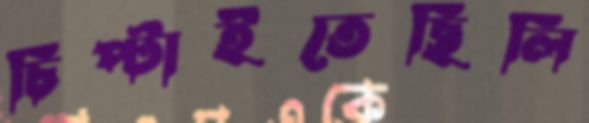
চিপ্‌টাইতেছিলি